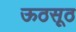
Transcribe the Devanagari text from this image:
ऊठसूठ